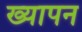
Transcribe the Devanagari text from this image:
ख्यापन